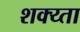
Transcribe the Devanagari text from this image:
शक्य्ता